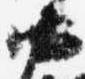
中